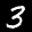
Label: 3